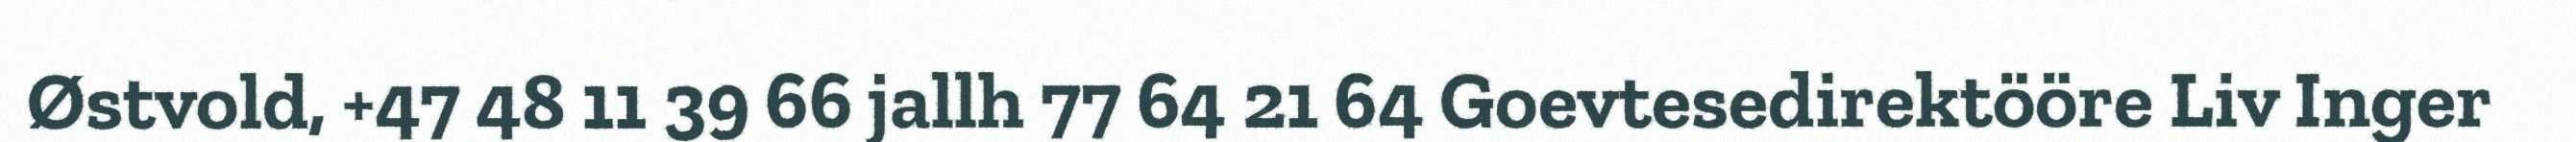
Østvold, +47 48 11 39 66 jallh 77 64 21 64 Goevtesedirektööre Liv Inger